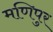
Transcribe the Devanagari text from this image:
मणिपुर